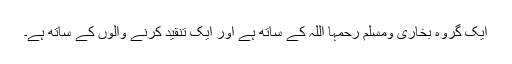
ایک گروہ بخاری ومسلم رحمہا اللہ کے ساتھ ہے اور ایک تنقید کرنے والوں کے ساتھ ہے۔